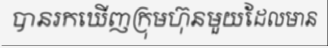
បានរកឃើញក្រុមហ៊ុនមួយដែលមាន